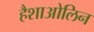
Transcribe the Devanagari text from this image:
हैशाओलिन